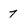
Character: 7